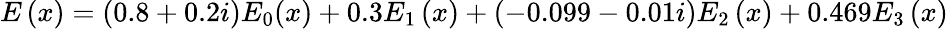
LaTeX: E\left(x\right)=\left(0.8+0.2i\right)E_{0}(x)+0.3E_{1}\left(x\right)+\left(-0.099-0.01i\right)E_{2}\left(x\right)+0.469E_{3}\left(x\right)